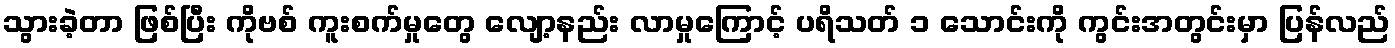
သွားခဲ့တာ ဖြစ်ပြီး ကိုဗစ် ကူးစက်မှုတွေ လျော့နည်း လာမှုကြောင့် ပရိသတ် ၁ သောင်းကို ကွင်းအတွင်းမှာ ပြန်လည်